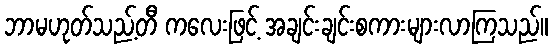
ဘာမဟုတ်သည့်တီ ကလေးဖြင့် အချင်းချင်းစကားများလာကြသည်။